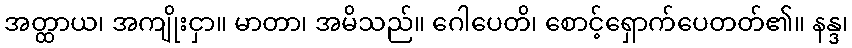
အတ္ထာယ၊ အကျိုးငှာ။ မာတာ၊ အမိသည်။ ဂေါပေတိ၊ စောင့်ရှောက်ပေတတ်၏။ နန္ဒ၊